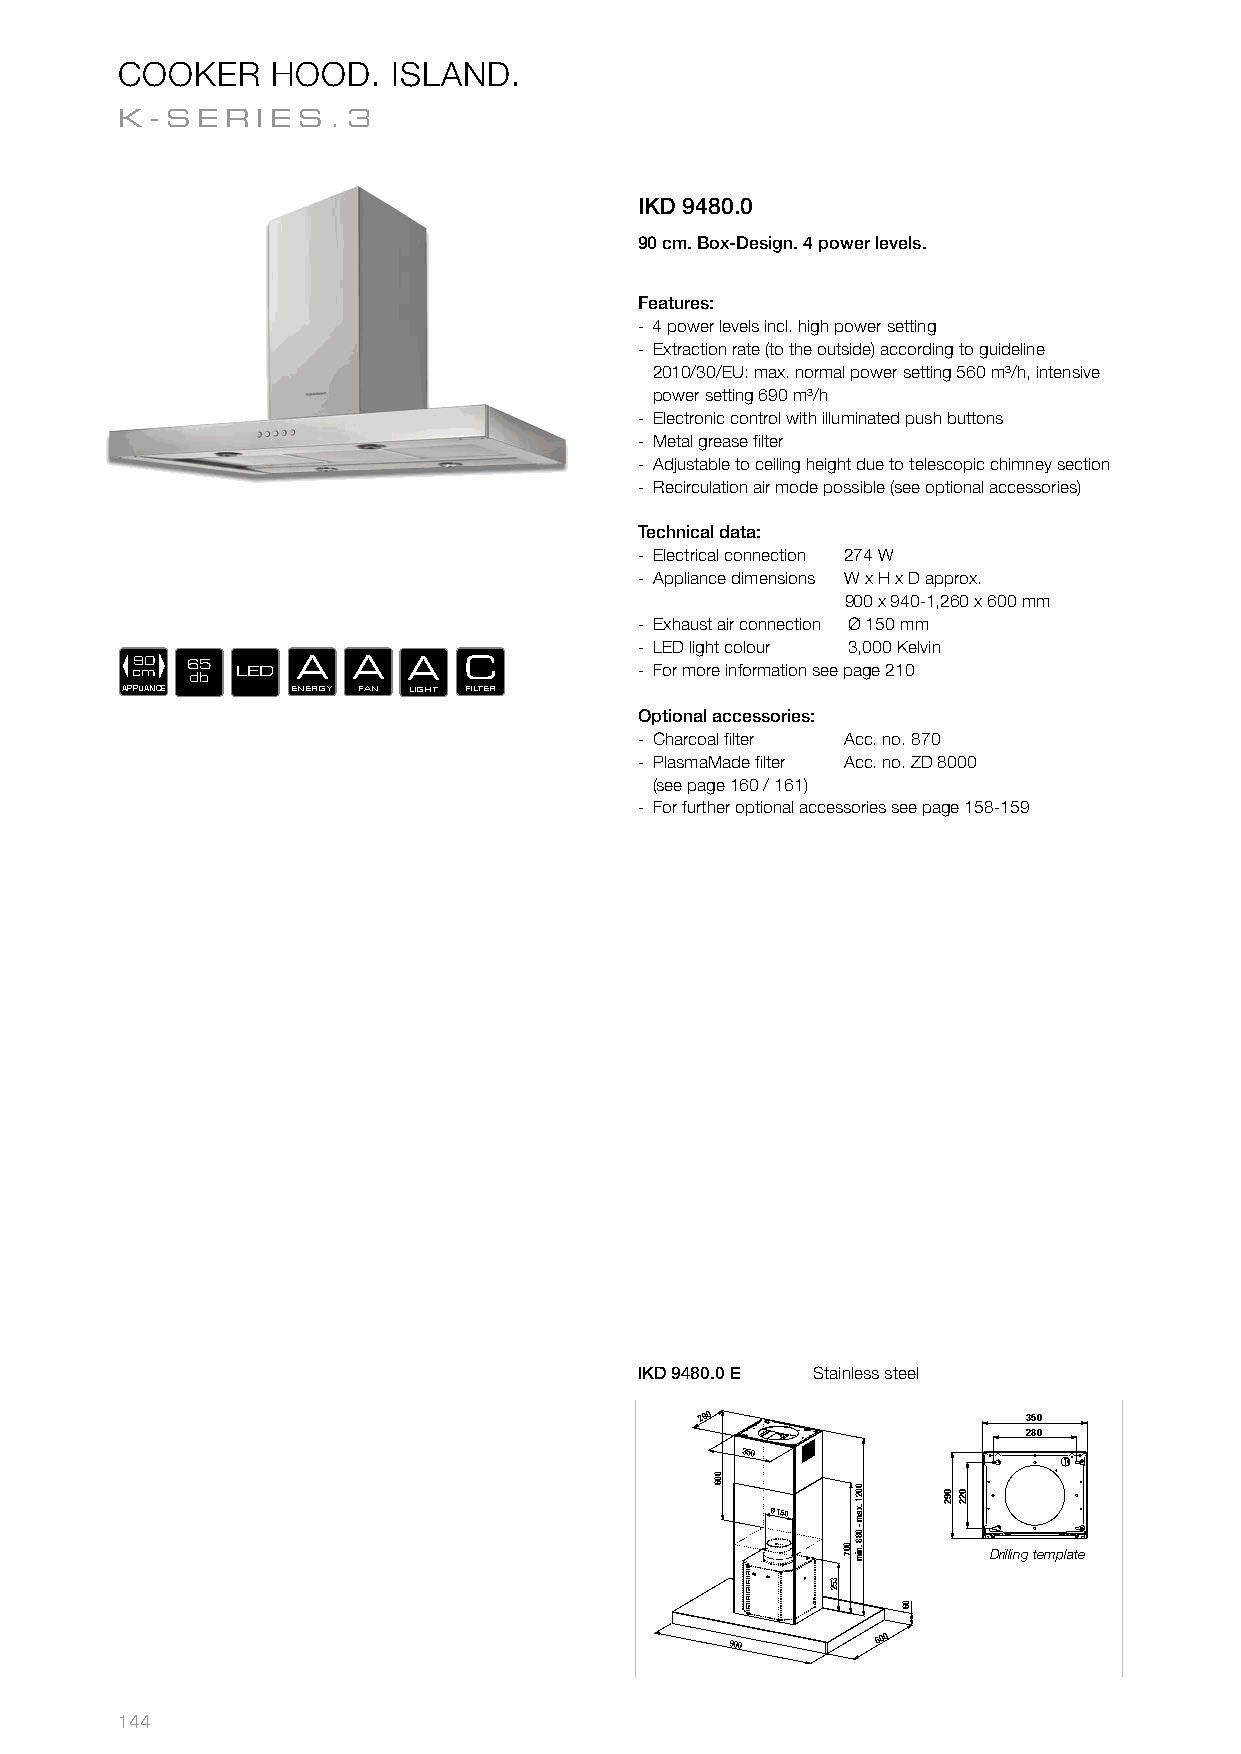
COOKER    HOOD.   ISLAND.
 K-SER    IES.3
 IKD 9480.0
 90 cm. Box-Design. 4 power levels.
 Features:
 - 4 power levels incl. high power setting
 - Extraction rate (to the outside) according to guideline
 2010/30/EU: max. normal power setting 560 m³/h, intensive
 power setting 690 m³/h
 - Electronic control with illuminated push buttons
 - Metal grease fi lter
 - Adjustable to ceiling height due to telescopic chimney section
 - Recirculation air mode possible (see optional accessories)
 Technical data:
 - Electrical connection 274 W
 - Appliance dimensions W x H x D approx.
 900 x 940-1,260 x 600 mm
 - Exhaust air connection Ø 150 mm
 - LED light colour 3,000 Kelvin
 c9 m0 6 d5
 b
 LED A  A   A   C          - For more information see page 210
 APPLIANCE  ENERGY FAN LIGHT FILTER
 Optional accessories:
 - Charcoal fi lter Acc. no. 870
 - PlasmaMade fi lter Acc. no. ZD 8000
 (see page 160 / 161)
 - For further optional accessories see page 158-159
 IKD 9480.0 E Stainless steel
 350
 280
 290                   350
 280
 290
 350
 350
 Ø 150
 Ø 150       Drilling template
 900
 600
 900
 600
 144
 006
 006
 352
 007
 0021
 .xam
 - 088
 .nim
 352
 007
 092
 0021
 .xam
 -
 088
 .ni
 0m 6
 022
 092
 06
 022